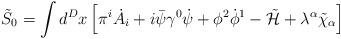
LaTeX: \begin{align*}\tilde S_0=\int d^Dx\left[\pi^i\dot A_i+i\bar\psi\gamma^0\dot\psi+\phi^2\dot\phi^1-\tilde {\cal H}+\lambda^\alpha\tilde\chi_\alpha\right]\end{align*}